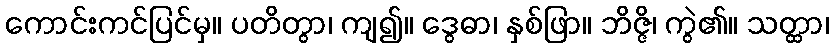
ကောင်းကင်ပြင်မှ။ ပတိတွာ၊ ကျ၍။ ဒွေဓာ၊ နှစ်ဖြာ။ ဘိဇ္ဇိ၊ ကွဲ၏။ သတ္ထာ၊